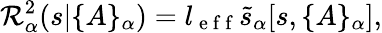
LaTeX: {\cal R}_{\alpha}^{2}(s|\{ A\} _{\alpha})=l_{\mathrm{~e~f~f~}}\tilde{s}_{\alpha}[s,\{ A\} _{\alpha}],